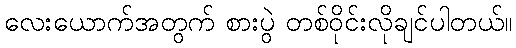
လေးယောက်အတွက် စားပွဲ တစ်ဝိုင်းလိုချင်ပါတယ်။